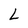
Character: L